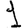
Digit: 1